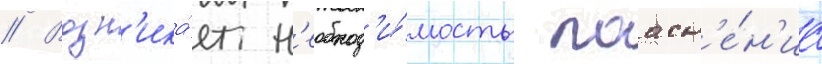
// Возн'ика́ет н'еобход'и́мость поасн'е́н'иа